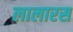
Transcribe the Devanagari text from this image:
लालारस